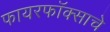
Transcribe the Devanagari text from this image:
फायरफॉक्साचे